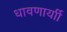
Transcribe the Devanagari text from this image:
धावणार्याी